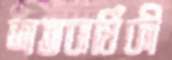
শতবার্ষিকী